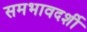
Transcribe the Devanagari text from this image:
समभावदर्शी